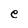
Character: e